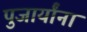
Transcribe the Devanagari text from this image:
पुजार्यांना